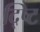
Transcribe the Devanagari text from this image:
द्ष्टि